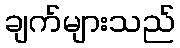
ချက်များသည်